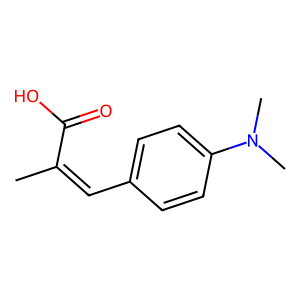
SMILES: CC(=Cc1ccc(N(C)C)cc1)C(=O)O
Inhibits HIV replication: No